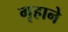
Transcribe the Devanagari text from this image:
गृहाने